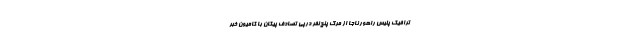
ترافیک پلیس راهور ناجا از مرگ پنج نفر درپی تصادف پیکان با کامیون خبر